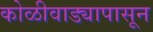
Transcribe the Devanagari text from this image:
कोळीवाड्यापासून